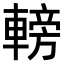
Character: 𨍩